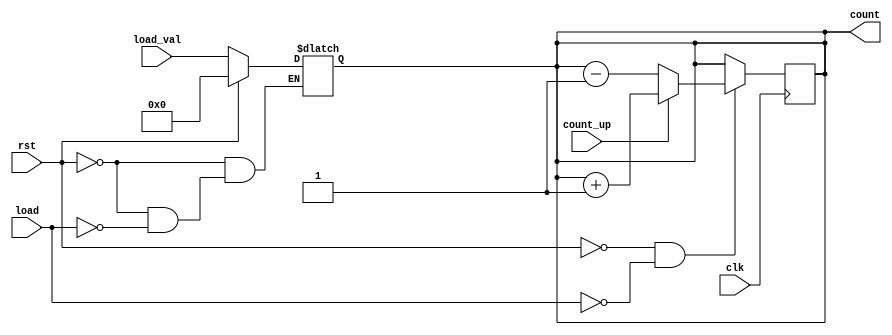
module async_load_counter (
    input wire clk,               // Clock signal
    input wire rst,               // Asynchronous reset signal
    input wire load,              // Asynchronous load signal
    input wire [3:0] load_val,    // Value to load into the counter
    input wire count_up,          // Control signal for counting direction
    output reg [3:0] count        // Current value of the counter
);

    // Asynchronous Reset and Load Logic
    always @* begin
        if (rst) begin
            count = 4'b0000;       // Reset counter to 0
        end else if (load) begin
            count = load_val;      // Load specified value
        end else begin
            count = count; // Retain current value unless changed in clock block
        end
    end

    // Synchronous Counting Logic
    always @(posedge clk) begin
        // Only update count if neither reset nor load is active
        if (!rst && !load) begin
            if (count_up) begin
                count <= count + 1; // Increment count
            end else begin
                count <= count - 1; // Decrement count
            end
        end
    end

endmodule